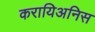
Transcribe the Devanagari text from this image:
करायिअनिस